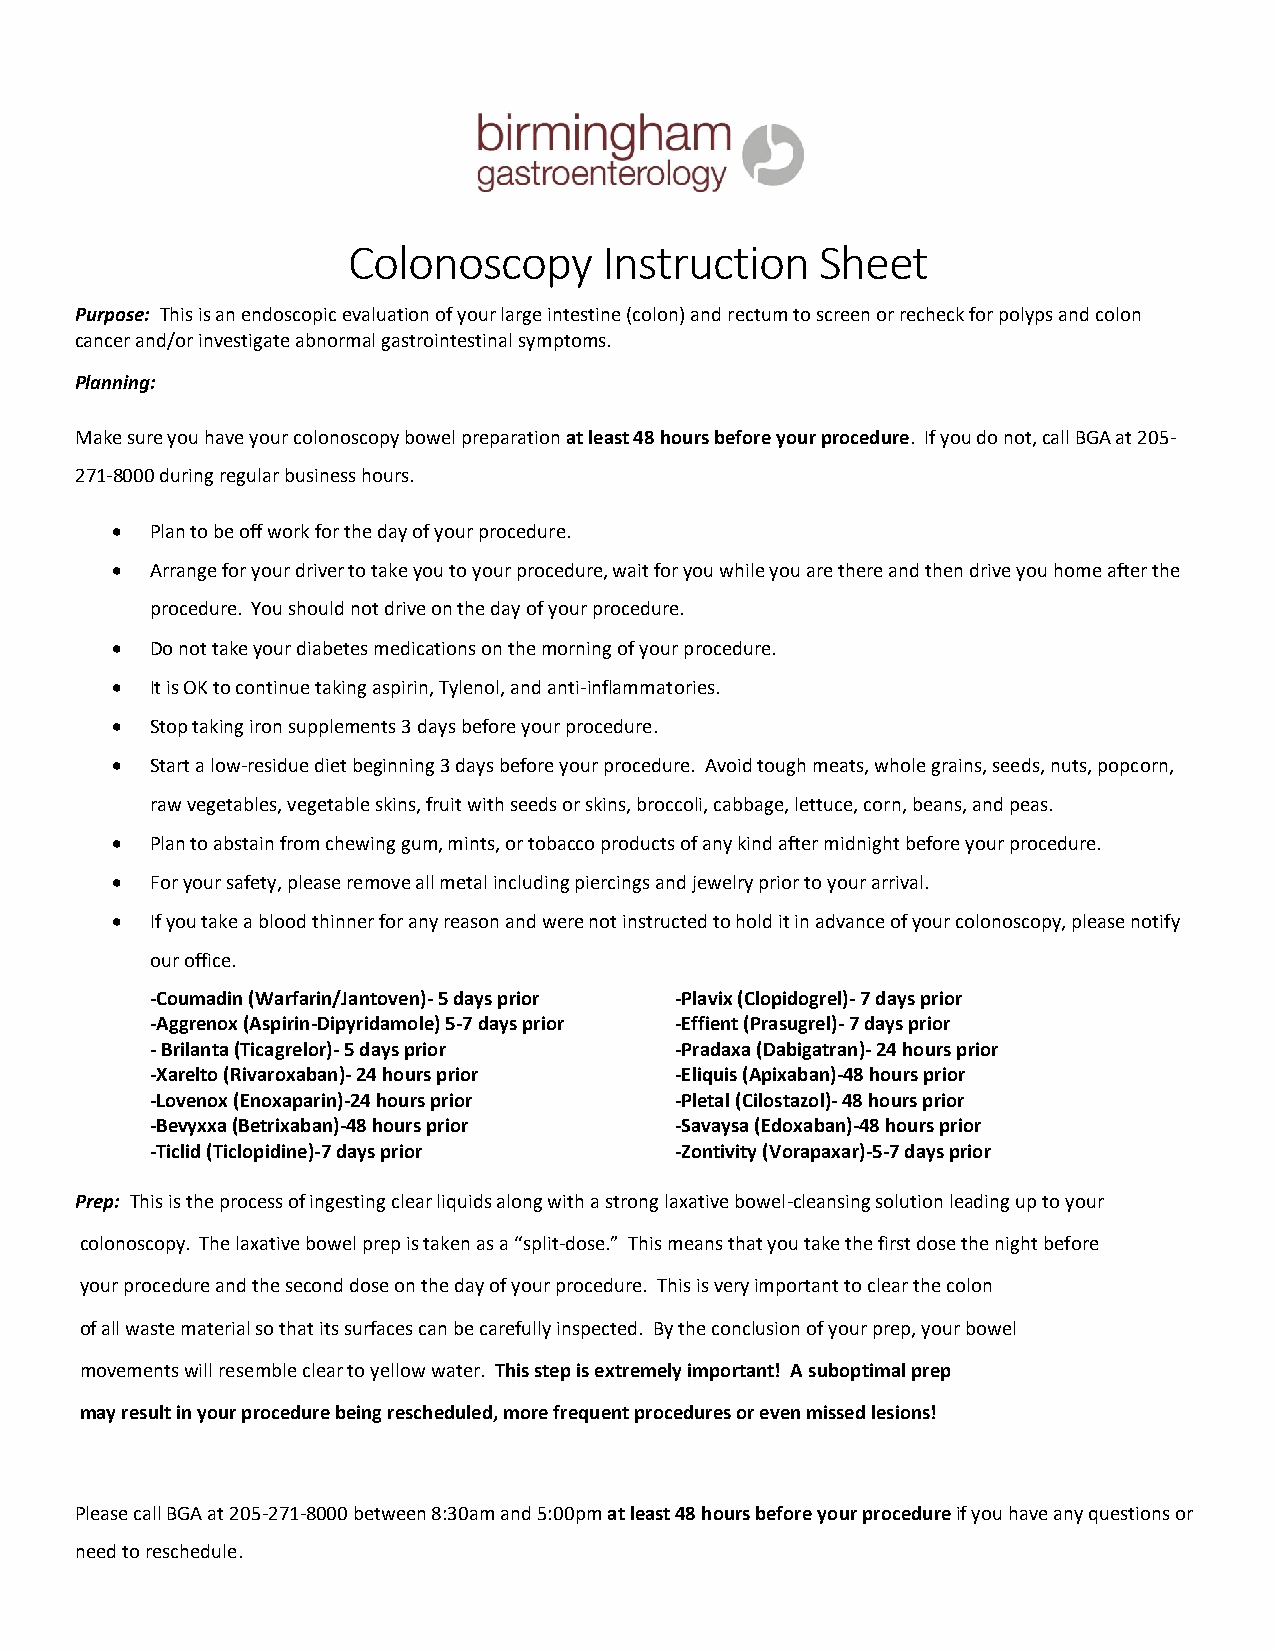
Colonoscopy      Instruction   Sheet
 Purpose: This is an endoscopic evaluation of your large intestine (colon) and rectum to screen or recheck for polyps and colon
 cancer and/or investigate abnormal gastrointestinal symptoms.
 Planning:
 Make sure you have your colonoscopy bowel preparation at least 48 hours before your procedure. If you do not, call BGA at 205-
 271-8000 during regular business hours.
   Plan to be off work for the day of your procedure.
   Arrange for your driver to take you to your procedure, wait for you while you are there and then drive you home after the
 procedure. You should not drive on the day of your procedure.
   Do not take your diabetes medications on the morning of your procedure.
   It is OK to continue taking aspirin, Tylenol, and anti-inflammatories.
   Stop taking iron supplements 3 days before your procedure.
   Start a low-residue diet beginning 3 days before your procedure. Avoid tough meats, whole grains, seeds, nuts, popcorn,
 raw vegetables, vegetable skins, fruit with seeds or skins, broccoli, cabbage, lettuce, corn, beans, and peas.
   Plan to abstain from chewing gum, mints, or tobacco products of any kind after midnight before your procedure.
   For your safety, please remove all metal including piercings and jewelry prior to your arrival.
   If you take a blood thinner for any reason and were not instructed to hold it in advance of your colonoscopy, please notify
 our office.
 -Coumadin (Warfarin/Jantoven)- 5 days prior -Plavix (Clopidogrel)- 7 days prior
 -Aggrenox (Aspirin-Dipyridamole) 5-7 days prior -Effient (Prasugrel)- 7 days prior
 - Brilanta (Ticagrelor)- 5 days prior -Pradaxa (Dabigatran)- 24 hours prior
 -Xarelto (Rivaroxaban)- 24 hours prior -Eliquis (Apixaban)-48 hours prior
 -Lovenox (Enoxaparin)-24 hours prior -Pletal (Cilostazol)- 48 hours prior
 -Bevyxxa (Betrixaban)-48 hours prior -Savaysa (Edoxaban)-48 hours prior
 -Ticlid (Ticlopidine)-7 days prior -Zontivity (Vorapaxar)-5-7 days prior
 Prep: This is the process of ingesting clear liquids along with a strong laxative bowel-cleansing solution leading up to your
 colonoscopy. The laxative bowel prep is taken as a “split-dose.” This means that you take the first dose the night before
 your procedure and the second dose on the day of your procedure. This is very important to clear the colon
 of all waste material so that its surfaces can be carefully inspected. By the conclusion of your prep, your bowel
 movements will resemble clear to yellow water. This step is extremely important! A suboptimal prep
 may result in your procedure being rescheduled, more frequent procedures or even missed lesions!
 Please call BGA at 205-271-8000 between 8:30am and 5:00pm at least 48 hours before your procedure if you have any questions or
 need to reschedule.